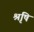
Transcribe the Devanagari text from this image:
श्रृषि